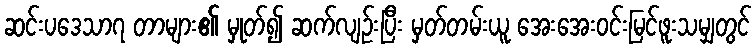
ဆင်းပဒေသာ၇ တာများ၏ မှုတ်၍ ဆက်လျဉ်းပြီး မှတ်တမ်းယူ အေးအေးဝင်းမြင်ဖူးသမျှတွင်